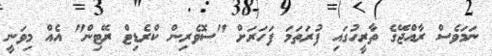
ނަމަވެސް ރާއްޖޭގެ ތާރީހުގައި ފުރަތަމަ ފަހަރަށް "ސޮވެރިން ކްރެޑިޓް ރޭޓިން" އެއް މިވަނީ